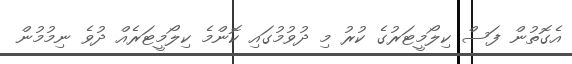
އެގޮތުން ފަސް ކިލޯމީޓަރުގެ ކުރު މި ދުވުމުގައި ކޮންމެ ކިލޯމީޓަރެއް ދުވެ ނިމުމުން